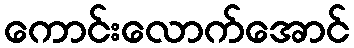
ကောင်းလောက်အောင်